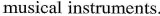
musical instruments.